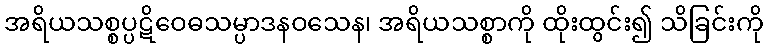
အရိယသစ္စပ္ပဋိဝေဓသမ္ပာဒနဝသေန၊ အရိယသစ္စာကို ထိုးထွင်း၍ သိခြင်းကို